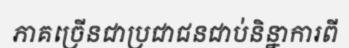
ភាគច្រើនជាប្រជាជនជាប់និន្នាការពី